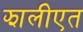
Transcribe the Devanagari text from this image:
झालीएत